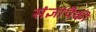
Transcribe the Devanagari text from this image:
संज्ञांपैकी